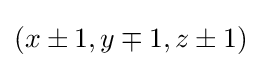
\textstyle (x\pm 1,y\mp 1,z\pm 1)